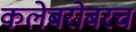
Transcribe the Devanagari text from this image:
कलेबरोबरच